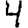
Digit: 4